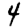
Digit: 4